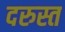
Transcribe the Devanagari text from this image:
दरुस्त